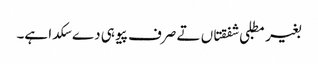
بغیر مطلبی شفقتاں تے صرف پیو ہی دے سکدا ہے۔